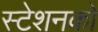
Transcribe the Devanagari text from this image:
स्टेशनको